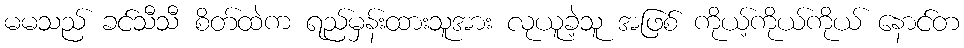
မမသည် ခင်သီသီ စိတ်ထဲက ရည်မှန်းထားသူအား လုယူခဲ့သူ အဖြစ် ကိုယ့်ကိုယ်ကိုယ် နောင်တ